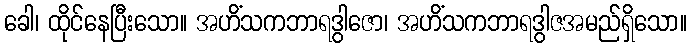
ခေါ၊ ထိုင်နေပြီးသော။ အဟိံသကဘာရဒွါဇော၊ အဟိံသကဘာရဒွါဇအမည်ရှိသော။